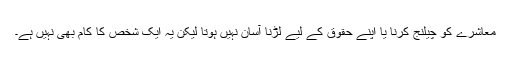
معاشرے کو چیلنج کرنا یا اپنے حقوق کے لیے لڑنا آسان نہیں ہوتا لیکن یہ ایک شخص کا کام بھی نہیں ہے۔